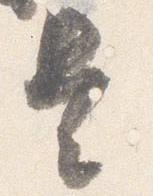
是